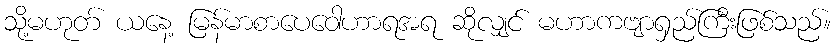
သို့မဟုတ် ယနေ့ မြန်မာစာပေဝေါဟာရအရ ဆိုလျှင် မဟာကဗျာရှည်ကြီးဖြစ်သည်။